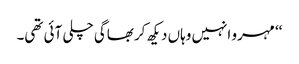
‘‘ مہرو انہیں وہاں دیکھ کر بھاگی چلی آئی تھی۔